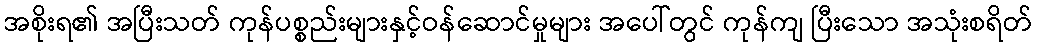
အစိုးရ၏ အပြီးသတ် ကုန်ပစ္စည်းများနှင့်ဝန်ဆောင်မှုများ အပေါ်တွင် ကုန်ကျ ပြီးသော အသုံးစရိတ်